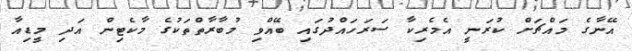
އޭނާގެ މައްޗަށް ކުރަނީ އެމެރިކާ ސަރަހައްދުގައި ބޭއްވި މުބާރާތްތަކުގެ މާކެޓިން އަދި މީޑިއާ